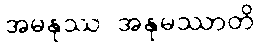
အမနုဿ အနုမဿာတိ